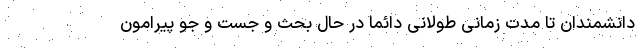
دانشمندان تا مدت زمانی طولانی دائما در حال بحث و جست و جو پیرامون